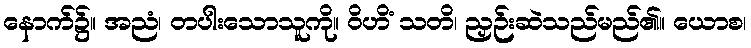
နောက်၌။ အညံ၊ တပါးသောသူကို။ ဝိဟိံ သတိ၊ ညှဉ်းဆဲသည်မည်၏။ ယောစ၊